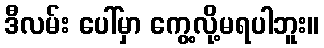
ဒီလမ်း ပေါ်မှာ ကွေ့လို့မရပါဘူး။